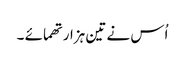
اُس نے تین ہزار تھمائے ۔